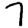
Digit: 7